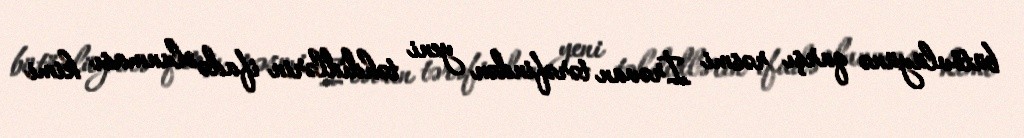
bütövlüyünə qarşı rəsmi İrəvan tərəfindən yeni təhdidlərin ifadə olunması kimi